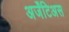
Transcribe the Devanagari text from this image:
अर्जेंटिअस